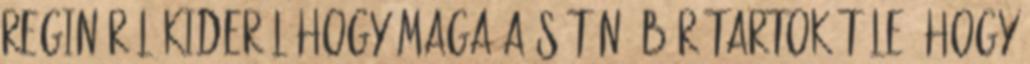
regináról kiderül,hogy maga a Sátán, bár tartok tőle, hogy